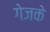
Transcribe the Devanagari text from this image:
गेजके